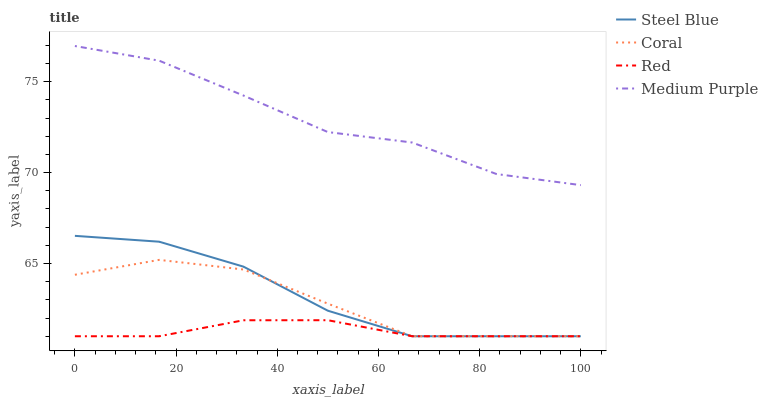
| xaxis_label | Steel Blue | Coral | Red | Medium Purple |
 | --- | --- | --- | --- | --- |
 | 0 | 66.5 | 64.4 | 61 | 77 |
 | 16.7 | 66.2 | 65.2 | 61 | 76.2 |
 | 33.3 | 64.8 | 64.7 | 61.9 | 74.2 |
 | 50 | 62.4 | 62.8 | 61.9 | 72.2 |
 | 66.7 | 61 | 61 | 61 | 71.7 |
 | 83.3 | 61 | 61 | 61 | 69.9 |
 | 100 | 61 | 61 | 61 | 69.3 |